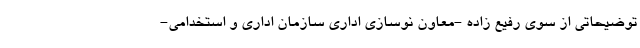
توضیحاتی از سوی رفیع زاده -معاون نوسازی اداری سازمان اداری و استخدامی-